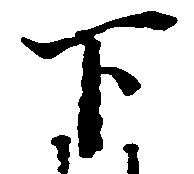
下